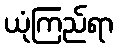
ယုံကြည်ရာ